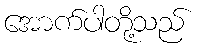
အောက်ပါတို့သည်